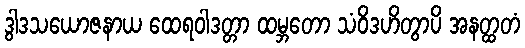
ဒွါဒသယောဇနာယ ထေရဝါဒတ္တာ ထမ္ဘတော သံဝိဒဟိတွာပိ အနတ္ထတံ